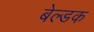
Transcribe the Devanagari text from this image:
बेल्डक